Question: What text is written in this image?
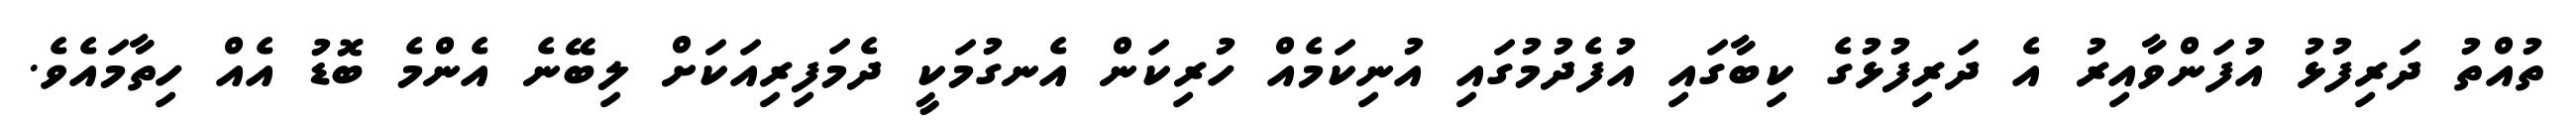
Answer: ތުއްތު ދަރިފުޅު އުފަންވާއިރު އެ ދަރިފުޅުގެ ކިބާގައި އުފެދުމުގައި އުނިކަމެއް ހުރިކަން އެނގުމަކީ ދެމަފިރިއަކަށް ލިބޭނެ އެންމެ ބޮޑު އެއް ހިތާމައެވެ.